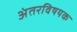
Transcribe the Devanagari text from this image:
अंतरविषयक